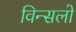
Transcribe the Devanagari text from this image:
विन्सलो